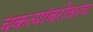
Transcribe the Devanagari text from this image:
चकत्यांबरोबरच